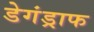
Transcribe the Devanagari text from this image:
डेगंड्राफ